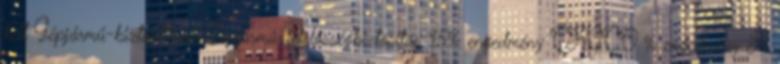
kell Gépjármű-biztosítások Gépjármű-felelősségbiztosítás 15% engedmény CASCO % engedmény A